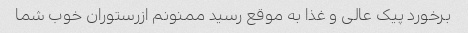
برخورد پیک عالی و غذا به موقع رسید ممنونم ازرستوران خوب شما